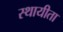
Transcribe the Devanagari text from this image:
स्थायीता